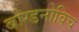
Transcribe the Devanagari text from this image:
बोग्डनोविच